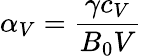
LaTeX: \alpha_{V}=\frac{\gamma c_{V}}{B_{0}V}